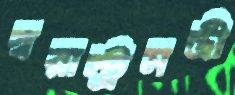
স্বরাস্ট্রমন্ত্রী